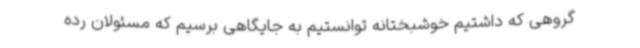
گروهی که داشتیم خوشبختانه توانستیم به جایگاهی برسیم که مسئولان رده